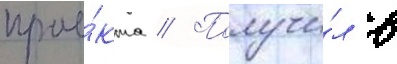
прое́кта // Получи́л в